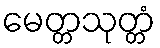
မေတ္တသုတ္တံ